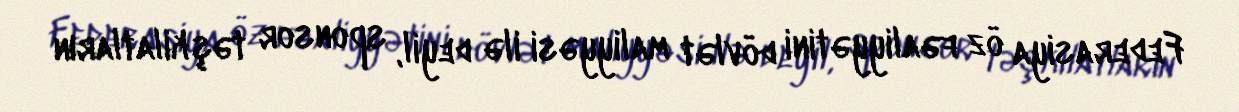
Federasiya öz fəaliyyətini dövlət maliyyəsi ilə deyil, sponsor təşkilatların